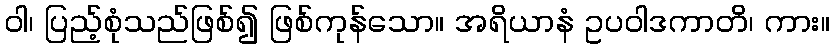
ဝါ၊ ပြည့်စုံသည်ဖြစ်၍ ဖြစ်ကုန်သော။ အရိယာနံ ဥပဝါဒကာတိ၊ ကား။